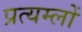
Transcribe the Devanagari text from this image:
प्रत्यम्लों